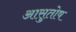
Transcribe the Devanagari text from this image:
आसुतोष